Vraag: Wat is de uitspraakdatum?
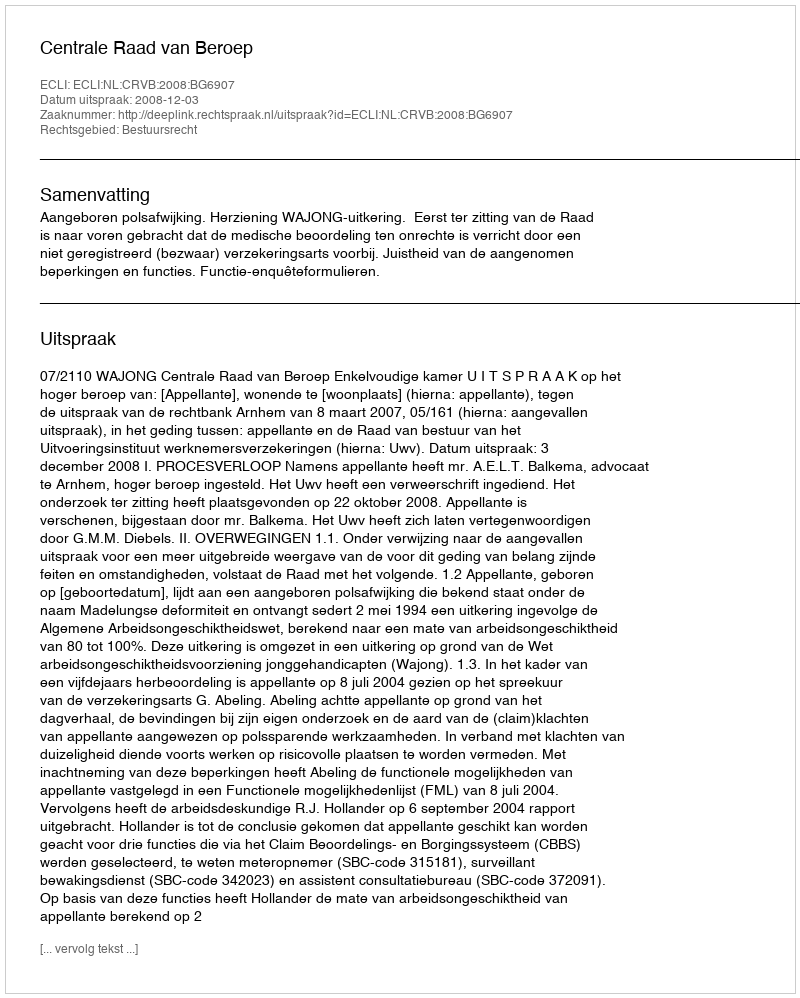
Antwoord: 2008-12-03